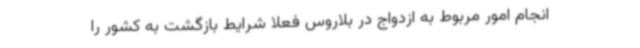
انجام امور مربوط به ازدواج در بلاروس فعلا شرایط بازگشت به کشور را